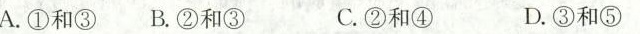
A.①和③ B.②和③ C.②和④ D.③和⑤